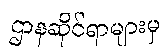
ဌာနဆိုင်ရာများမှ